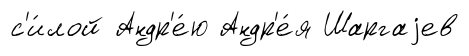
с'и́лой Андр'е́ю Андр'е́я Шаргаjев